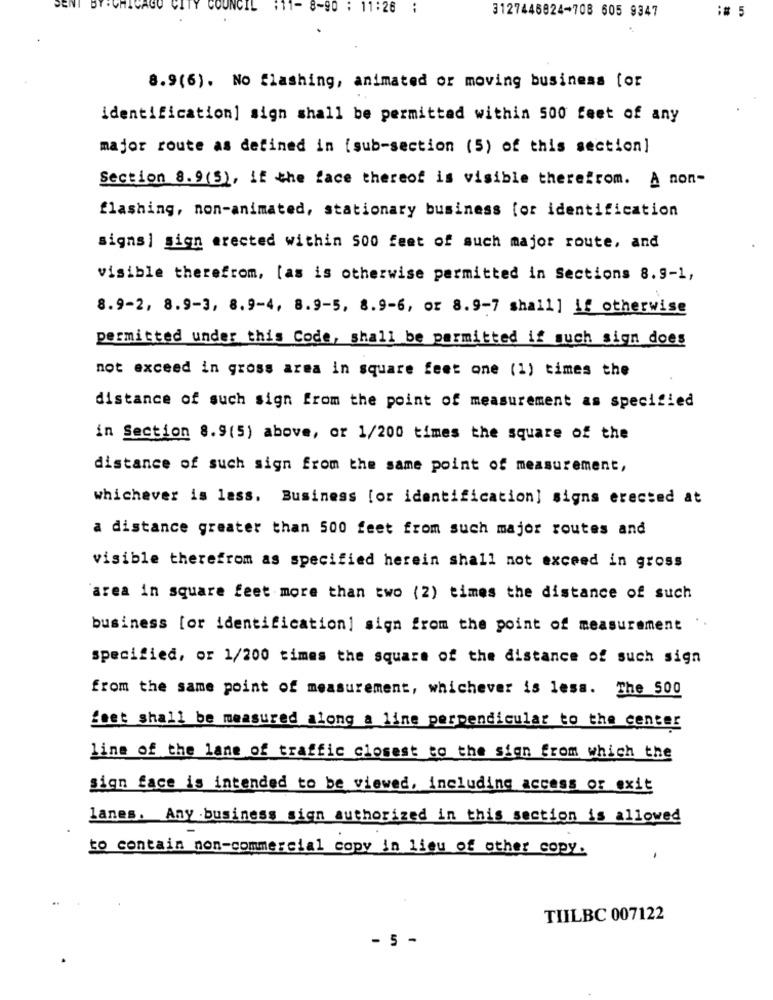
8-90 : 11:26
:# 5
3127446824-708 605 9347
8.9(6). No flashing, animated or moving business for
identification] sign shall be permitted within 500 feet of any
major route as defined in [sub-section (5) of this section]
Section 8.9(5), if the face thereof is visible therefrom. A non-
flashing, non-animated, stationary business for identification
signs] sign erected within 500 feet of such major route, and
visible therefrom, [as is otherwise permitted in Sections 8.9-1,
8.9-2, 8.9-3, 8.9-4, 8.9-5, 8.9-6, or 8.9-7 shall] if otherwise
permitted under this Code, shall be parmitted if such sign does
not exceed in gross area in square feet one (1) times the
distance of such sign from the point of measurement as specified
in Section 8.9(5) above, or 1/200 times the square of the
distance of such sign from the same point of measurement,
whichever is less. Business [or identification] signs erected at
a distance greater than 500 feet from such major routes and
visible therefrom as specified herein shall not exceed in gross
area in square feet more than two (2) times the distance of such
business [or identification] sign from the point of measurement
specified, or 1/200 times the square of the distance of such sign
from the same point of measurement, whichever is less. The 500
feet shall be measured along a line perpendicular to the center
line of the lane of traffic closest to the sign from which the
sign face is intended to be viewed, including access or exit
lanes. Any .business sign authorized in this section is allowed
to contain non-commercial copy in lieu of other copy.
TIILBC 007122
- 5 -